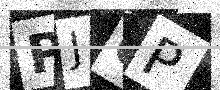
Text: PJ0P